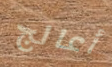
أعالج